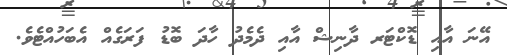
އޭނަ އާއި ޑޮކްޓަރ ދާނިޝް އާއި ދެމެދު ހާދަ ބޮޑު ފަރަގެއް އެބަހުއްޓެވެ.